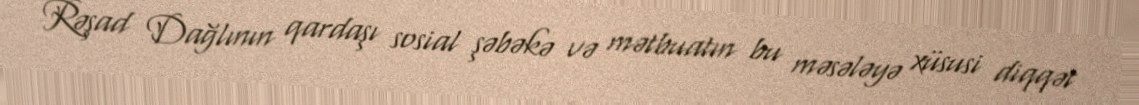
Rəşad Dağlının qardaşı sosial şəbəkə və mətbuatın bu məsələyə xüsusi diqqət